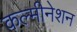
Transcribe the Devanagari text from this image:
कल्मीनेशन